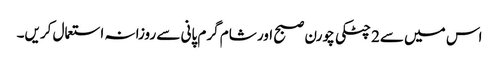
اس میں سے2 چٹکی چورن صبح اور شام گرم پانی سے روزانہ استعمال کریں۔